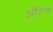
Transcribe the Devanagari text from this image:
ऑटवे